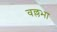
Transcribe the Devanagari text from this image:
वल्लभा